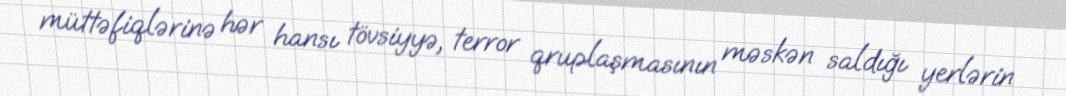
müttəfiqlərinə hər hansı tövsiyyə, terror qruplaşmasının məskən saldığı yerlərin